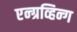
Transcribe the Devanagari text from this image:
एन्ग्रव्हिन्ग